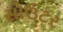
સોઉટર